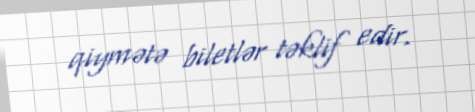
qiymətə biletlər təklif edir.